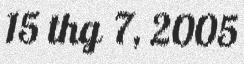
15 thg 7, 2005